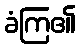
ခံကြ၏